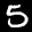
Label: 5